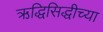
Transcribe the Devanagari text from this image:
ऋद्धिसिद्धीच्या